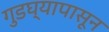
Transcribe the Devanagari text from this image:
गुडघ्यापासून